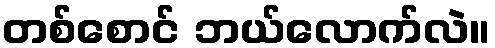
တစ်စောင် ဘယ်လောက်လဲ။